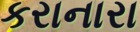
કરાનારા